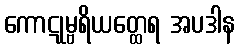
ကောဋုမ္ဗရိယတ္ထေရ အပဒါန